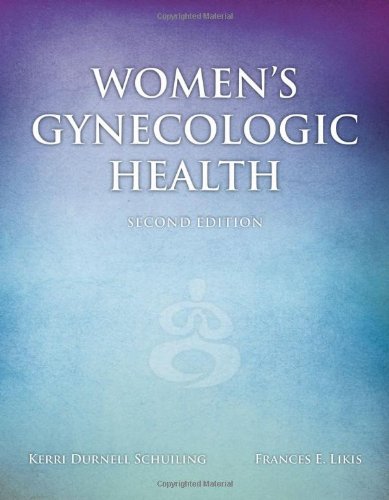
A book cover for Women's Gynecologic Health, 2nd Edition; Kerri Durnell Schuiling; Medical Books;